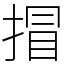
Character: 𢯾